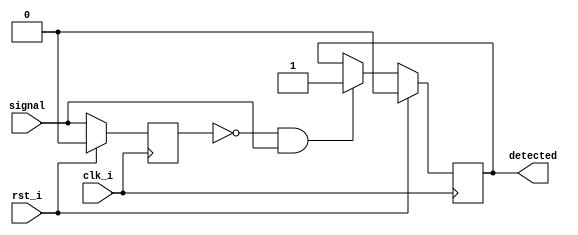
//                              -*- Mode: Verilog -*-
// Description     : Single Bit Falling Edge Detector
// Last Modified By: .
// Last Modified On: .
// Update Count    : 0
// Status          : Unknown, Use with caution!


module rising_edge_detector(
			    input wire clk_i,
			    input wire rst_i,
			    
			    input wire signal,
			    
			    output reg detected
			    );
    
    reg 			       delay;    
    
    always @(posedge clk_i)
      if (rst_i)
	delay <= 1'b0;
      else
	delay <= signal;    
    
    always @(posedge clk_i)
      if (rst_i)
	detected <= 1'b0;
      else
	if (!delay & signal)
	  detected <= 1'b1;    
    
    
endmodule // rising_edge_detector